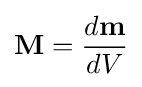
\mathbf {M} ={\frac {d\mathbf {m} }{dV}}